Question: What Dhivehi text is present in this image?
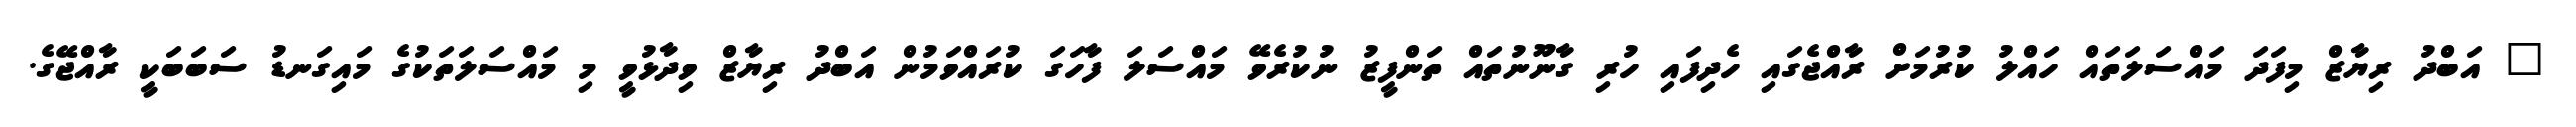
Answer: " އަބްދު ރިޔާޒް މިފަދަ މައްސަލަތައް ހައްލު ކުރުމަށް ރާއްޖެގައި ހެދިފައި ހުރި ގާނޫނުތައް ތަންފީޒު ނުކުރެވޭ މައްސަލަ ފާހަގަ ކުރައްވަމުން އަބްދު ރިޔާޒް ވިދާޅުވީ މި މައްސަލަތަކުގެ މައިގަނޑު ސަބަބަކީ ރާއްޖޭގެ.